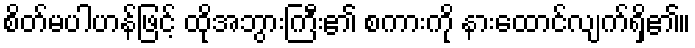
စိတ်မပါဟန်ဖြင့် ထိုအဘွားကြီး၏ စကားကို နားထောင်လျက်ရှိ၏။